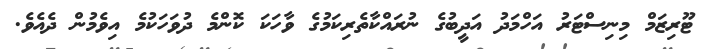
ޓޫރިޒަމް މިނިސްޓަރު އަހްމަދު އަދީބުގެ ނުރައްކާތެރިކަމުގެ ވާހަކަ ކޮންމެ ދުވަހަކުމެ އިވެމުން ދެއެވެ.